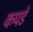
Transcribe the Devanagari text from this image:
कपडें